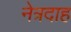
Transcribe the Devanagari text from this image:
नेत्रदाह